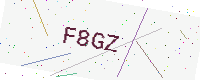
Text: F8GZ